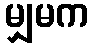
မျှမက